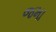
જમા